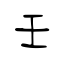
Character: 壬